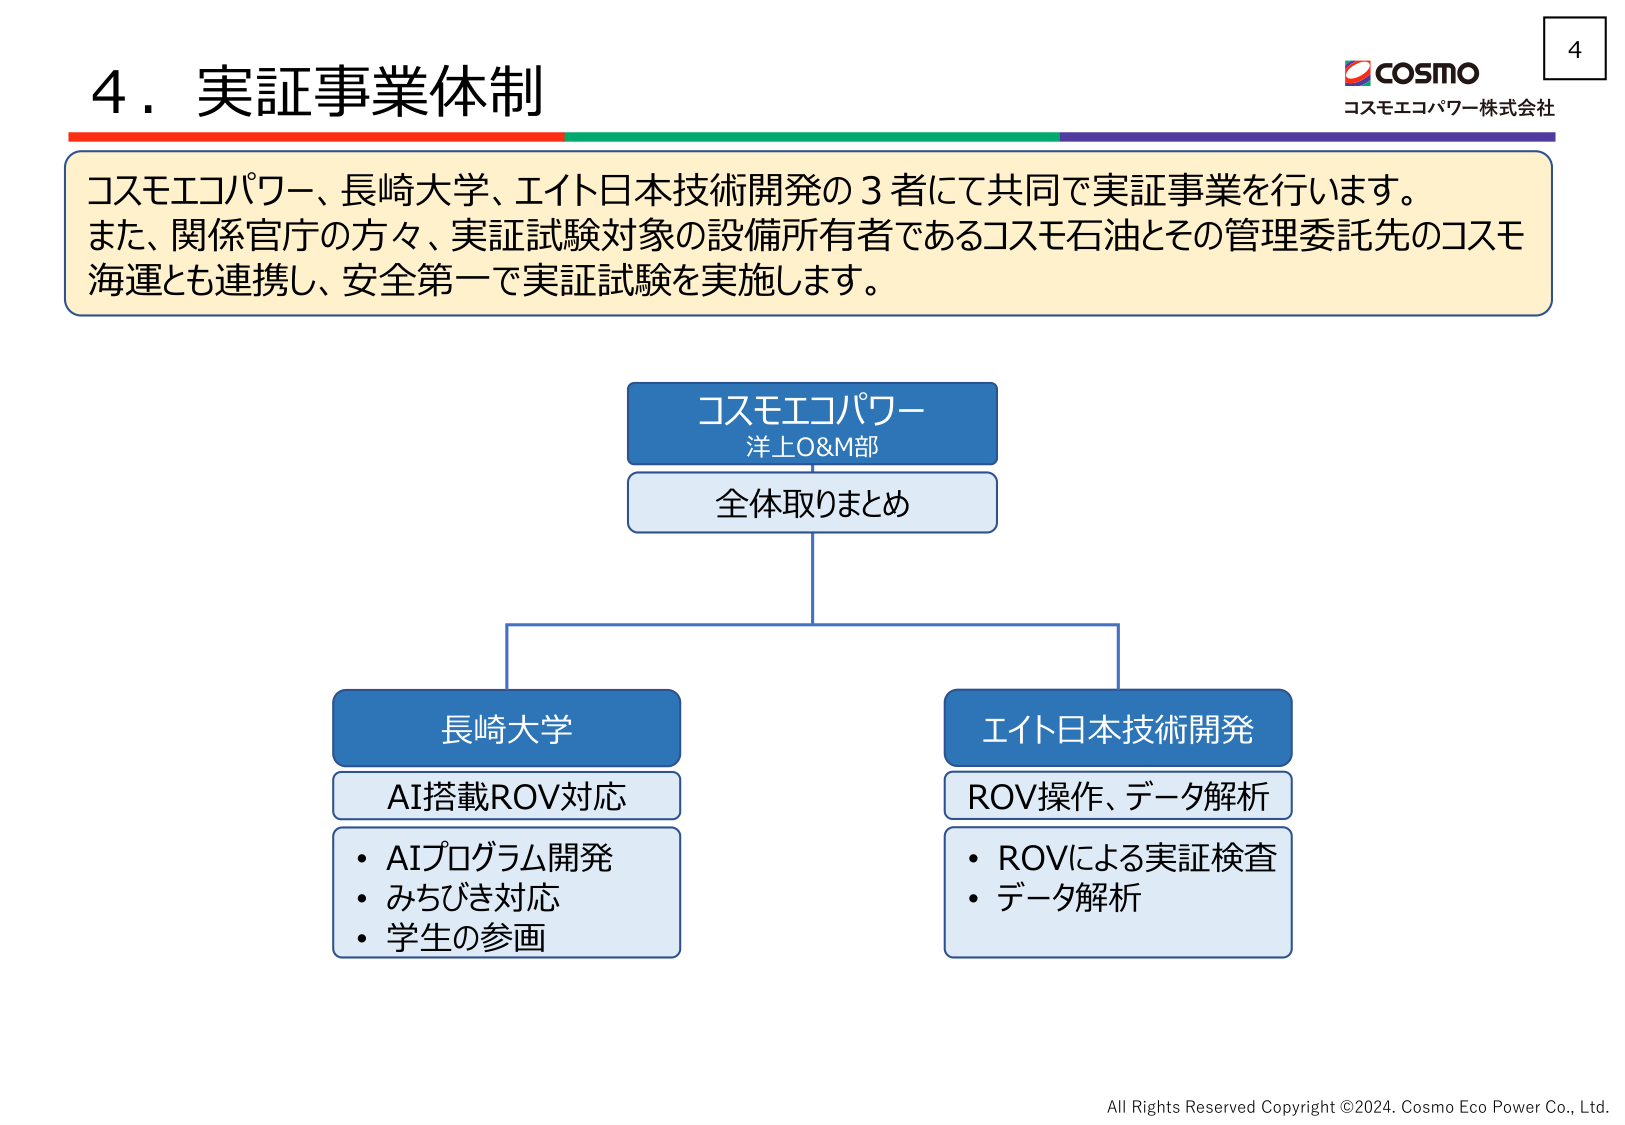
4．実証事業体制

コスモエコパワー、長崎大学、エイト日本技術開発の3者にて共同で実証事業を行います。
また、関係官庁の方々、実証試験対象の設備所有者であるコスモ石油とその管理委託先のコスモ海運とも連携し、安全第一で実証試験を実施します。

コスモエコパワー
洋上O&M部
全体取りまとめ

長崎大学
AI搭載ROV対応
・AIプログラム開発
・みちびき対応
・学生の参画

エイト日本技術開発
ROV操作、データ解析
・ROVによる実証検査
・データ解析

COSMO
コスモエコパワー株式会社

4

All Rights Reserved Copyright ©2024. Cosmo Eco Power Co., Ltd.